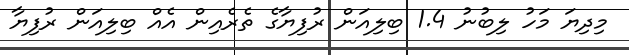
މިދިޔަ މަހު ލިބުނު 1.4 ބިލިއަން ރުފިޔާގެ ތެރެއިން އެއް ބިލިއަން ރުފިޔާ